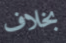
بخلاف